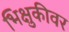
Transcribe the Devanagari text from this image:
भिक्षुकीवर